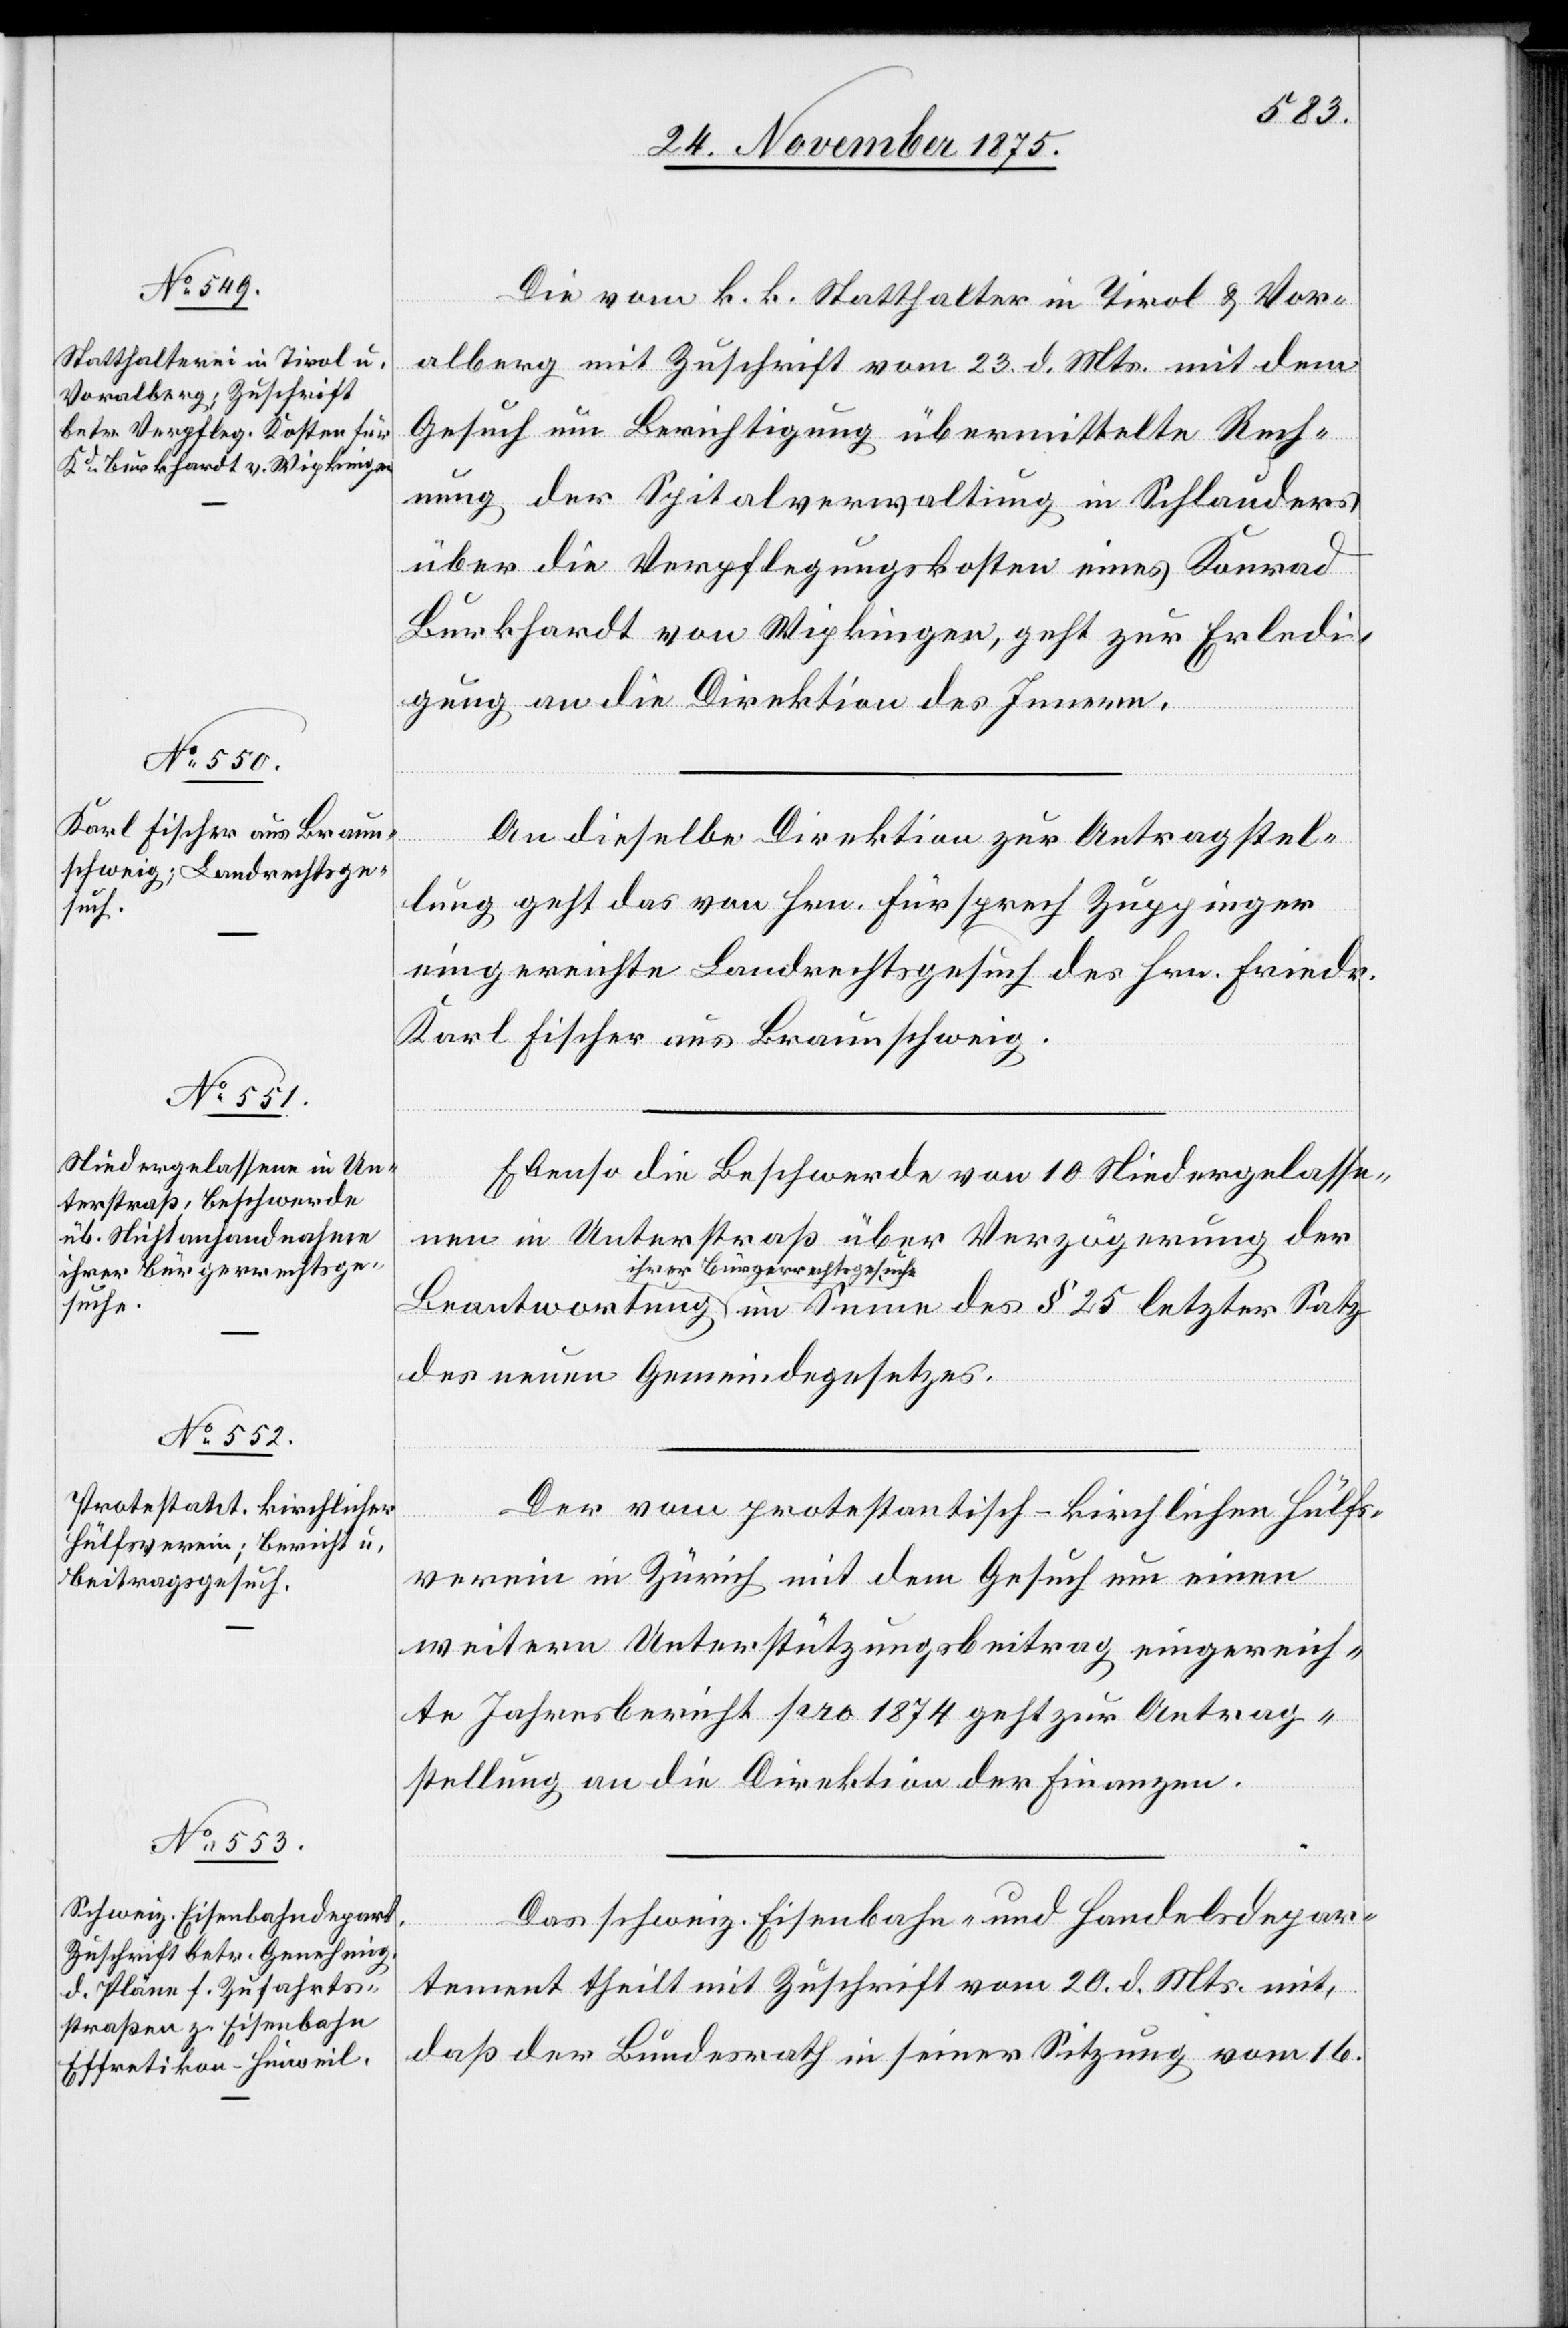
§ 25
26. November 1875.]
Die vom k. k. Statthalter in Tirol & Vor¬
a[r]lberg mit Zuschrift vom 23. d. Mts. mit dem
Gesuch um Berichtigung übermittelte Rech¬
nung der Spitalverwaltung in Schlauders
über die Verpflegungskosten eines Konrad
Burkhardt von Wipkingen, geht zur Erledi¬
gung an die Direktion des Innern.
An dieselbe Direktion zur Antragstel¬
lung geht das von Hrn. Fürsprech Zuppinger
eingereichte Landrechtsgesuch des Hrn. Friedr.
Karl Fischer aus Braunschweig.
Ebenso die Beschwerde von 10 Niedergelasse¬
nen in Unterstraß über Verzögerung der
ihrer Bürgerrechtsgesuche
des neuen Gemeindegesetzes.
Der vom protestantisch-kirchlichen Hülfs¬
des
verein in Zürich mit dem Gesuch um einen
weitern Unterstützungsbeitrag eingereich¬
te Jahresbericht pro 1874 geht zur Antrag¬
stellung an die Direktion der Finanzen.
Das schweiz. Eisenbahn- und Handelsdepar¬
tement theilt mit Zuschrift vom 20. d. Mts. mit,
daß der Bundesrath in seiner Sitzung vom 16.